system: You are a helpful assistant.
user:
Analyze the provided spectrum to determine if it is a **White Dwarf (WD)**.

A White Dwarf spectrum is defined by its **extreme purity** (due to gravitational settling) and/or **extreme pressure broadening** (due to high surface gravity). You must check for one of the following mutually exclusive signatures:

- **Key Visual Indicators (Check for ONE of these types):**

    - **1. DA-Type Signature (Most Common):**
        - **(Primary Feature):** Extreme pressure broadening (Stark broadening) of the **Hydrogen (H) Balmer lines**.
        - **(Key Lines):** $H\beta$ (approx. $4861$ Å) and $H\gamma$ (approx. $4340$ Å). $H\alpha$ (approx. $6563$ Å) will also be present if the wavelength range covers it.
        - **(Line Profile):** This is the **defining feature**. The lines are **NOT** sharp. They appear as massive, **extremely broad and deep "troughs" or "dips"** in the spectrum, often hundreds of Ångströms wide. The continuum will appear to "scoop" down at these wavelengths.
        - **(Distinction):** Normal A-type or B-type stars have *narrow* and *sharp* Hydrogen lines. A DA White Dwarf's lines are unmistakably "smeared" or "blurry" from pressure.

    - **2. DB-Type Signature:**
        - **(Primary Feature):** Broad absorption lines from **Neutral Helium (He I)**. The spectrum must lack any visible Hydrogen lines.
        - **(Key Lines):** Look for broad absorption near $4471$ Å, $4921$ Å, and $5876$ Å.
        - **(Line Profile):** These lines are also significantly pressure-broadened, appearing much wider than they would in a normal B-type main-sequence star.

    - **3. DC-Type Signature:**
        - **(Primary Feature):** A **featureless continuous spectrum**.
        - **(Line Profile):** The spectrum is a smooth curve with **no significant absorption or emission lines**.
        - **(Key Confirmation):** The continuum is almost always **blue or white**, indicating a hot object. This signature implies the atmosphere is so pure (or so cool) that no spectral lines are visible in the optical range. Its WD identity is confirmed by its extremely low intrinsic brightness (high absolute magnitude).

    - **4. DZ-Type Signature (Metal-Polluted):**
        - **(Primary Feature):** **Isolated, narrow metal absorption lines** on an otherwise featureless (DC-like) continuum.
        - **(Key Lines):** The **Calcium (Ca II) H & K doublet** (approx. **$3934$ Å** and **$3968$ Å**) is the most common and defining feature.
        - **(Line Profile):** These lines are "out of place." They are *not* part of a "forest" of thousands of lines. This signature is evidence of recent *accretion* (pollution) from rocky debris.
        - **(Distinction):** Normal G/K/M stars have a *dense forest* of thousands of metal lines. A DZ has a *clean* continuum with *only a few* strong metal lines.

    - **5. DQ-Type Signature (Carbon-Polluted):**
        - **(Primary Feature):** Absorption bands from **Carbon (C₂ "Swan Bands" or atomic C I)**.
        - **(Key Lines - C₂):** Look for bandheads with a "saw-tooth" shape near $5635$ Å, **$5165$ Å** (strongest), and $4737$ Å.
        - **(Key Confirmation):** The underlying **continuum must be blue or white** (hot).
        - **(Distinction):** This is the critical difference from a **Carbon Star**, which has the *exact same* C₂ bands but on an extremely **red, cool** continuum.

- **(Overall Spectrum):**
    - The continuum (overall shape) is typically **blue-sloping** (brighter in the blue than the red), as most white dwarfs are very hot.
    - The spectrum will look "pure" or "simple," dominated by only *one* of the five signatures listed above.

Think first, call **spectral_visualization_tool** if needed to examine features in detail, then provide your final answer. Your response must adhere to the following strict rules:
1.  **Overall Structure:** Your response must follow the format `<think>...</think> <tool_call>...</tool_call> (if a tool is used) <answer>...</answer>`.
2.  **Tool Usage Constraint:** You may only make **one** tool call per turn.
3.  **Final Answer Format:** In the `<answer>` tag, your conclusion must be inside a `\boxed{}` command (e.g., `\boxed{YES}` or `\boxed{NO}`), followed by your justification.

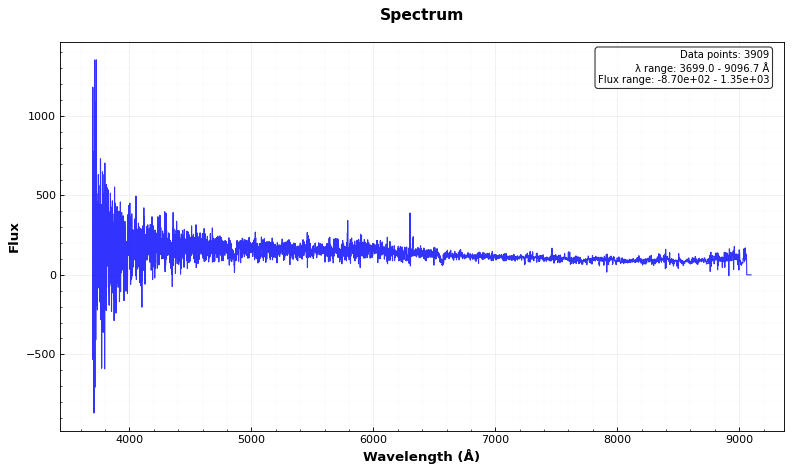
Answer: NO